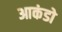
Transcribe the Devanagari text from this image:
आकंडो